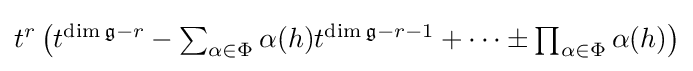
{\textstyle t^{r}\left(t^{\dim {\mathfrak {g}}-r}-\sum _{\alpha \in \Phi }\alpha (h)t^{\dim {\mathfrak {g}}-r-1}+\cdots \pm \prod _{\alpha \in \Phi }\alpha (h)\right)}